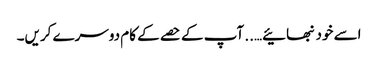
اسے خود نبھائیے….. آپ کے حصے کے کام دوسرے کریں۔